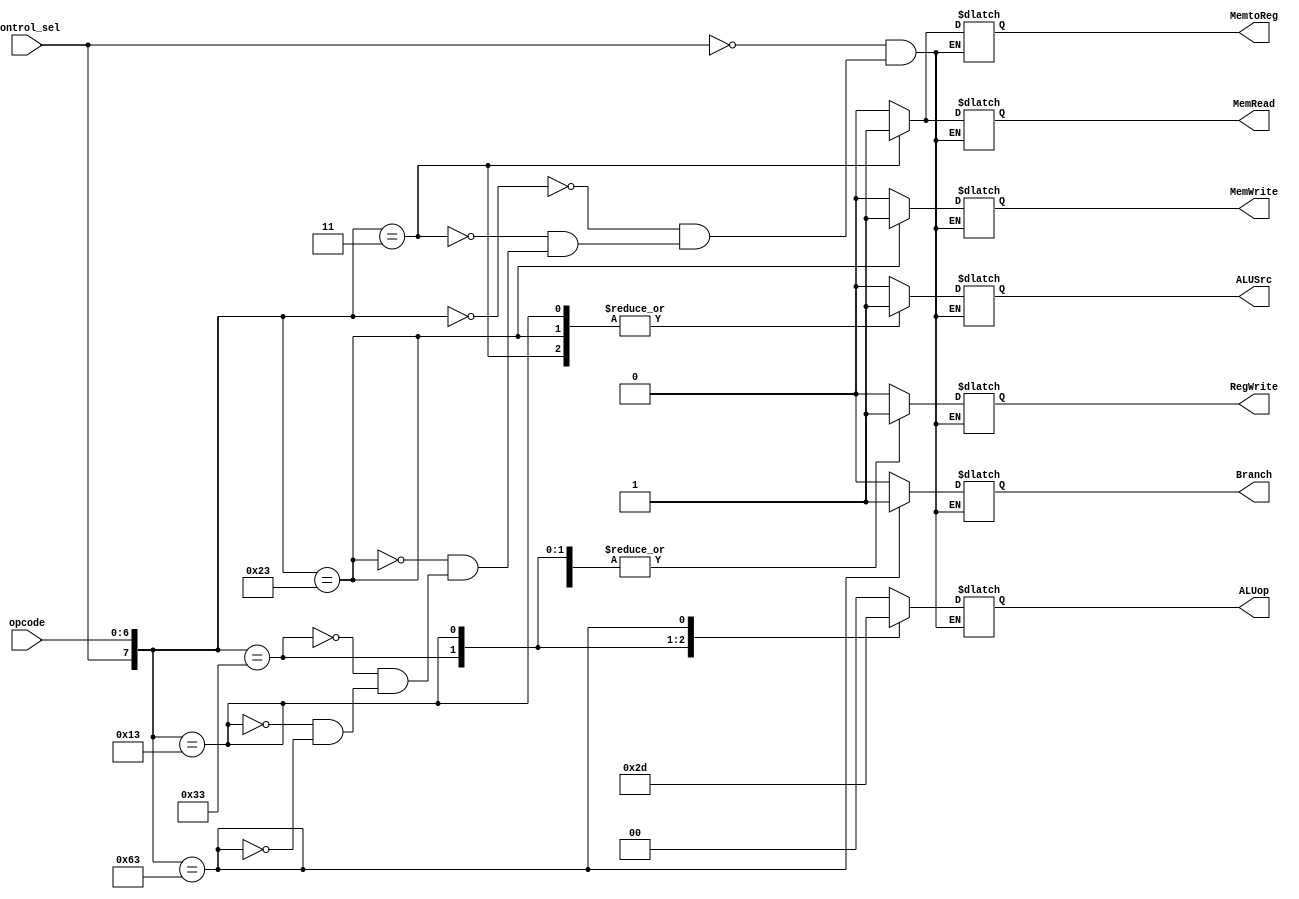
`timescale 1ns / 1ps
//////////////////////////////////////////////////////////////////////////////////
// Company: 
// Engineer: 
// 
// Design Name: 
// Module Name: control_path
// Project Name: 
// Target Devices: 
// Tool Versions: 
// Description: 
// 
// Dependencies: 
// 
// Revision:
// Revision 0.01 - File Created
// Additional Comments:
// 
//////////////////////////////////////////////////////////////////////////////////


module control_path(input [6:0] opcode,
                    input control_sel,
                    output reg RegWrite,MemtoReg,MemRead,MemWrite,Branch,ALUSrc,
                    output reg [1:0] ALUop);
                    
always@(opcode,control_sel) begin
    casex({control_sel,opcode})
      8'b1xxxxxxx: {ALUSrc,MemtoReg,RegWrite,MemRead,MemWrite,Branch,ALUop} <= 8'b00000000;
      8'b00000000: {ALUSrc,MemtoReg,RegWrite,MemRead,MemWrite,Branch,ALUop} <= 8'b00000000; //nop from ISA
      8'b00000011: {ALUSrc,MemtoReg,RegWrite,MemRead,MemWrite,Branch,ALUop} <= 8'b11110000; //lw
      8'b00100011: {ALUSrc,MemtoReg,RegWrite,MemRead,MemWrite,Branch,ALUop} <= 8'b10001000; //sw
      8'b00110011: {ALUSrc,MemtoReg,RegWrite,MemRead,MemWrite,Branch,ALUop} <= 8'b00100010; //R32-format
      8'b00010011: {ALUSrc,MemtoReg,RegWrite,MemRead,MemWrite,Branch,ALUop} <= 8'b10100011; //Register32-Immediate Arithmetic Instructions
      8'b01100011: {ALUSrc,MemtoReg,RegWrite,MemRead,MemWrite,Branch,ALUop} <= 8'b00000101; //branch instructions
    endcase
end
endmodule